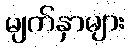
မျက်နှာများ